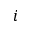
i